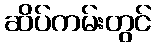
ဆိပ်ကမ်းတွင်